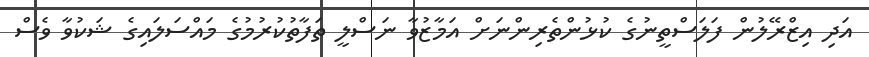
އަދި އިޒްރޭލުން ފަލަސްތީނުގެ ކުޅުންތެރިންނަށް އަމާޒުވާ ނަސްލީ ތަފާތުކުރުމުގެ މައްސަލައިގެ ޝަކުވާ ވެސް